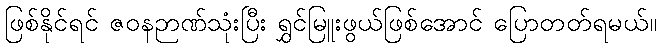
ဖြစ်နိုင်ရင် ဇဝနဉာဏ်သုံးပြီး ရွှင်မြူးဖွယ်ဖြစ်အောင် ပြောတတ်ရမယ်။